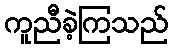
ကူညီခဲ့ကြသည်